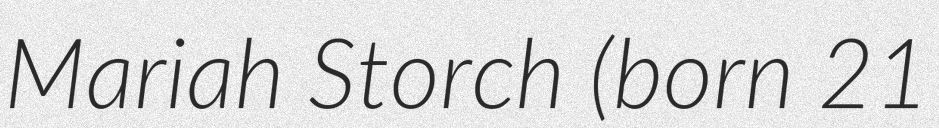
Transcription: Mariah Storch (born 21